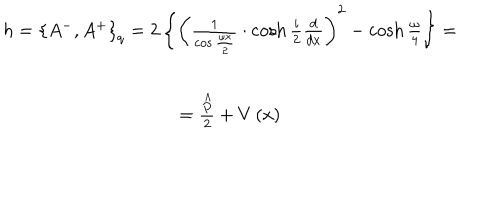
\begin{array} { c } { { h = \left\{ A ^ { - } , A ^ { + } \right\} _ { q } = 2 \left\{ \left( \frac { 1 } { \cos \frac { \omega x } { 2 } } \cdot \cosh \frac { i } { 2 } \frac { d } { d x } \right) ^ { 2 } - \cosh \frac { \omega } { 4 } \right\} = } } \\ { { = \frac { \stackrel { \wedge } { P } } { 2 } + V \left( x \right) } } \\ \end{array}